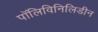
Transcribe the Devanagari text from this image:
पॉलिविनिलिडीन